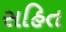
સહિત